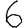
Digit: 6